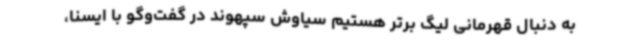
به دنبال قهرمانی لیگ برتر هستیم سیاوش سپهوند در گفت‌وگو با ایسنا،